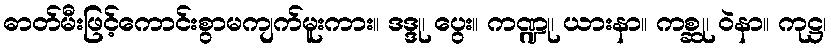
ဓာတ်မီးဖြင့်ကောင်းစွာမကျက်မူးကား။ ဒဒ္ဒု၊ ပွေး။ ကဏ္ဍု၊ ယားနာ။ ကစ္ဆု၊ ဝဲနာ။ ကုဋ္ဌ၊